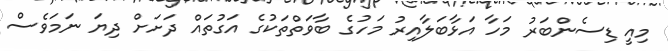
މިއީ ޑިސެންބަރު މަހާ އަޅާބަލާއިރު މަހުގެ ބާވަތްތަކުގެ އަގުތައް ދަށަށް ދިޔަ ނަމަވެސް